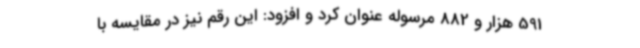
591 هزار و 882 مرسوله عنوان کرد و افزود: این رقم نیز در مقایسه با